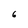
Character: 6